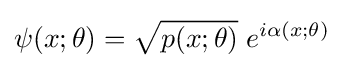
\psi (x;\theta )={\sqrt {p(x;\theta )}}\;e^{i\alpha (x;\theta )}